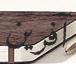
آفرين